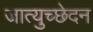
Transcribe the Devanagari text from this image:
जात्युच्छेदन